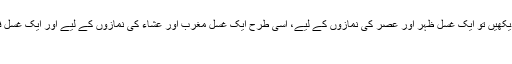
انہیں چاہیے کہ وہ ایک ٹب میں بیٹھ جائیں، جب پانی کے اوپر زردی دیکھیں تو ایک غسل ظہر اور عصر کی نمازوں کے لیے، اسی طرح ایک غسل مغرب اور عشاء کی نمازوں کے لیے اور ایک غسل فجر کی نماز کے لیے کر لیا کریں اور ان کے مابین وضوء کرتی رہیں
انہوں نے اسے قتل کر دیا، اللہ انہیں قتل کرے۔